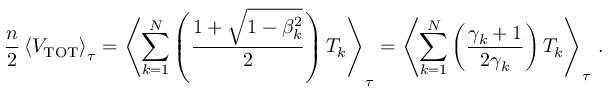
{ \frac { n } { 2 } } \left\langle V _ { \mathrm { T O T } } \right\rangle _ { \tau } = \left\langle \sum _ { k = 1 } ^ { N } \left( { \frac { 1 + { \sqrt { 1 - \beta _ { k } ^ { 2 } } } } { 2 } } \right) T _ { k } \right\rangle _ { \tau } = \left\langle \sum _ { k = 1 } ^ { N } \left( { \frac { \gamma _ { k } + 1 } { 2 \gamma _ { k } } } \right) T _ { k } \right\rangle _ { \tau } \, .